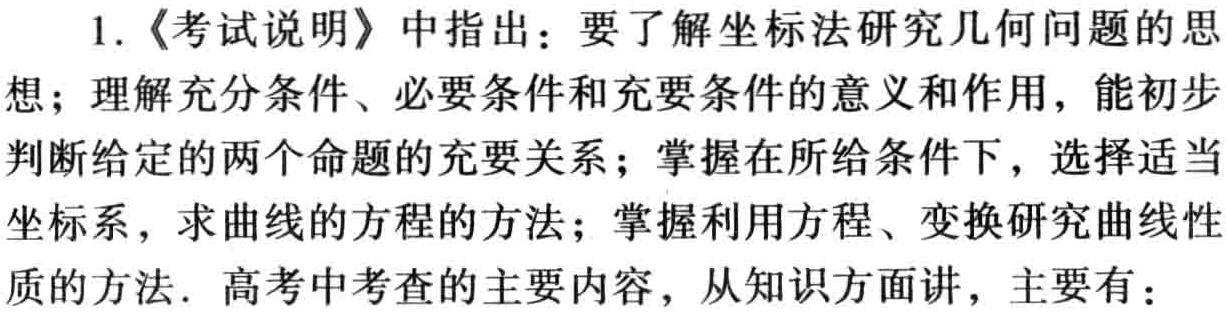
1.《考试说明》中指出：要了解坐标法研究几何问题的思想；理解充分条件、必要条件和充要条件的意义和作用，能初步判断给定的两个命题的充要关系；掌握在所给条件下，选择适当坐标系，求曲线的方程的方法；掌握利用方程、变换研究曲线性质的方法. 高考中考查的主要内容，从知识方面讲，主要有：